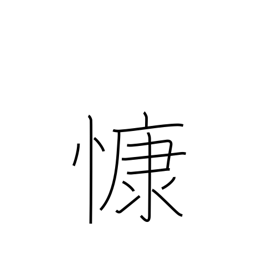
Meaning: grieve